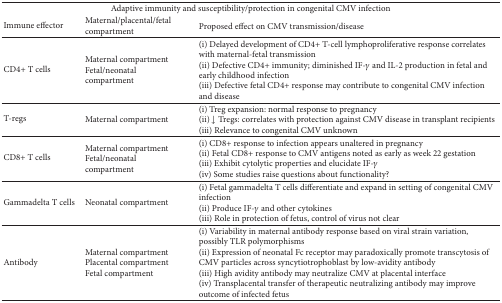
<table><thead><tr><td colspan="3"><b>Adaptive immunity and susceptibility/protection in congenital CMV infection</b></td></tr><tr><td><b>Immune effector</b></td><td><b>Maternal/placental/fetal compartment</b></td><td><b>Proposed effect on CMV transmission/disease</b></td></tr></thead><tbody><tr><td>CD4+ T cells</td><td>Maternal compartmentFetal/neonatal compartment</td><td>(i) Delayed development of CD4+ T-cell lymphoproliferative response correlates with maternal-fetal transmission(ii) Defective CD4+ immunity; diminished IF-<i>γ</i> and IL-2 production in fetal and early childhood infection(iii) Defective fetal CD4+ response may contribute to congenital CMV infection and disease</td></tr><tr><td>T-regs</td><td>Maternal compartment</td><td>(i) Treg expansion: normal response to pregnancy(ii) ↓ Tregs: correlates with protection against CMV disease in transplant recipients(iii) Relevance to congenital CMV unknown</td></tr><tr><td>CD8+ T cells</td><td>Maternal compartmentFetal/neonatal compartment</td><td>(i) CD8+ response to infection appears unaltered in pregnancy(ii) Fetal CD8+ response to CMV antigens noted as early as week 22 gestation(iii) Exhibit cytolytic properties and elucidate IF-<i>γ</i>(iv) Some studies raise questions about functionality?</td></tr><tr><td>Gammadelta T cells</td><td>Neonatal compartment</td><td>(i) Fetal gammadelta T cells differentiate and expand in setting of congenital CMV infection(ii) Produce IF-<i>γ</i> and other cytokines(iii) Role in protection of fetus, control of virus not clear</td></tr><tr><td>Antibody</td><td>Maternal compartmentPlacental compartmentFetal compartment</td><td>(i) Variability in maternal antibody response based on viral strain variation, possibly TLR polymorphisms(ii) Expression of neonatal Fc receptor may paradoxically promote transcytosis of CMV particles across syncytiotrophoblast by low-avidity antibody(iii) High avidity antibody may neutralize CMV at placental interface(iv) Transplacental transfer of therapeutic neutralizing antibody may improve outcome of infected fetus</td></tr></tbody></table>